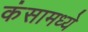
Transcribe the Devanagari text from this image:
कंसामध्ये